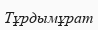
Тұрдымұрат